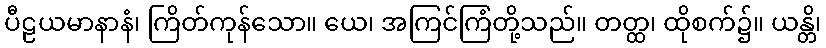
ပီဠယမာနာနံ၊ ကြိတ်ကုန်သော။ ယေ၊ အကြင်ကြံတို့သည်။ တတ္ထ၊ ထိုစက်၌။ ယန္တိ၊